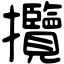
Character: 攬